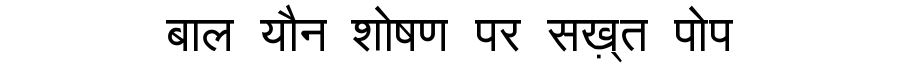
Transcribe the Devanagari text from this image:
बाल यौन शोषण पर सख़्त पोप